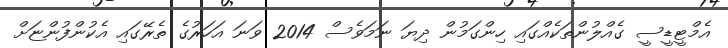
އެމްޓީޑީސީ ގެއްލުންތަކެއްގައި ހިންގަމުން ދިޔަ ނަމަވެސް 2014 ވަނަ އަހަރުގެ ތެރޭގައި އެކުންފުންޏަށް